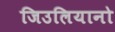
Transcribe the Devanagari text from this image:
जिउलियानो